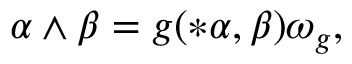
\alpha \wedge \beta = g ( * \alpha , \beta ) \omega _ { g } ,